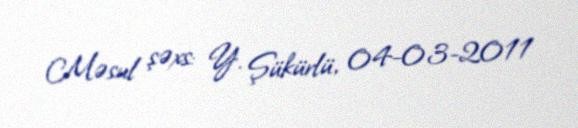
Məsul şəxs: Y. Şükürlü, 04-03-2011